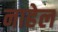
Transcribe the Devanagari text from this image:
नाहेल